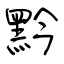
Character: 黔